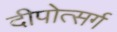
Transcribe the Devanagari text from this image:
दीपोत्सर्ग